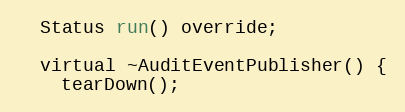
Language: C
  Status run() override;

  virtual ~AuditEventPublisher() {
    tearDown();